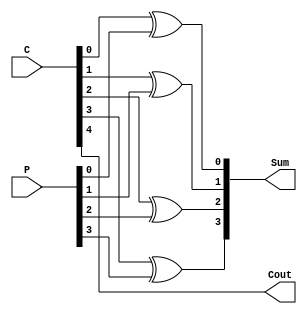
module X_OR(input [4:0] C, input [3:0]P, output reg [3:0] Sum, output reg Cout);
    
    integer N ;
    
    always @(C, P)
    begin
        Cout = C[4];
        for(N = 0; N < 4; N = N + 1)
            Sum[N] = C[N] ^ P[N];
    end
    
endmodule